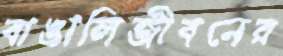
বাঙালিজীবনের